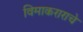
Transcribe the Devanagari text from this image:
विमाकराराचे